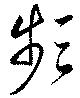
頻